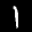
Label: 1